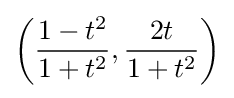
\left({\frac {1-t^{2}}{1+t^{2}}},{\frac {2t}{1+t^{2}}}\right)